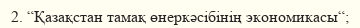
2. “Қазақстан тамақ өнеркәсібінің экономикасы“;